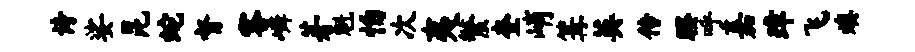
诗娑昆蛇督客嶙芽魁怕次夷繁奎峭篝英传睽呼嘉璋飞燠